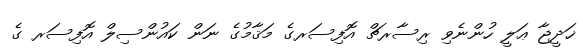
ޚަދީޖާ ޢަލީ ހުންނެވި ރިސާރޗް އޮފިސަރގެ މަޤާމުގެ ނަން ކައުންސިލް އޮފިސަރ ގެ